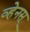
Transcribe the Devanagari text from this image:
व्हेनस्